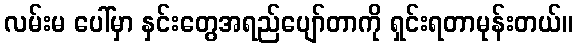
လမ်းမ ပေါ်မှာ နှင်းတွေအရည်ပျော်တာကို ရှင်းရတာမုန်းတယ်။